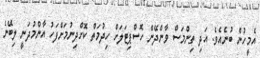
އެމީހުން ބުނެއެވެ. އަދި ތިންމަސް ވާންދޭން ހޮސްޕިޓަލަށް ހިދުމަތް ކޮށްދިނުމަށްފަހު އާންމުދަނީ ލިބޭނެ